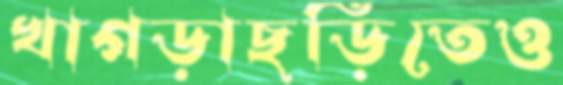
খাগড়াছড়িতেও